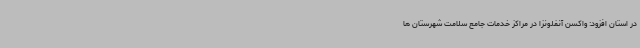
در استان افزود: واکسن آنفلونزا در مراکز خدمات جامع سلامت شهرستان ها